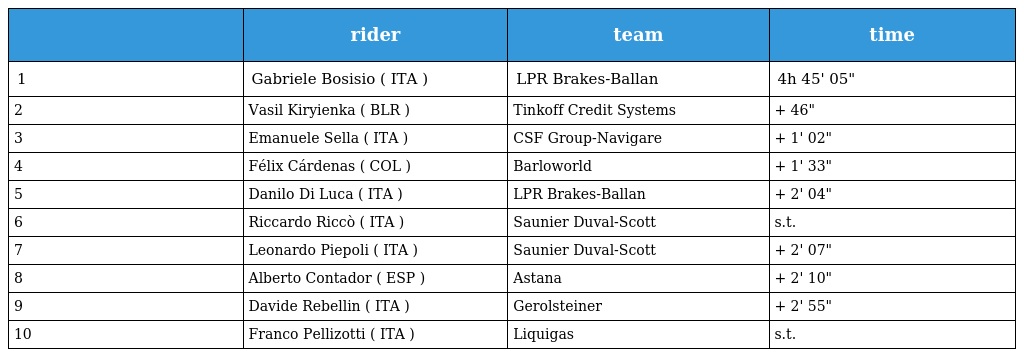
|  | rider | team | time |
 | --- | --- | --- | --- |
 | 1 | Gabriele Bosisio ( ITA ) | LPR Brakes-Ballan | 4h 45' 05" |
 | 2 | Vasil Kiryienka ( BLR ) | Tinkoff Credit Systems | + 46" |
 | 3 | Emanuele Sella ( ITA ) | CSF Group-Navigare | + 1' 02" |
 | 4 | Félix Cárdenas ( COL ) | Barloworld | + 1' 33" |
 | 5 | Danilo Di Luca ( ITA ) | LPR Brakes-Ballan | + 2' 04" |
 | 6 | Riccardo Riccò ( ITA ) | Saunier Duval-Scott | s.t. |
 | 7 | Leonardo Piepoli ( ITA ) | Saunier Duval-Scott | + 2' 07" |
 | 8 | Alberto Contador ( ESP ) | Astana | + 2' 10" |
 | 9 | Davide Rebellin ( ITA ) | Gerolsteiner | + 2' 55" |
 | 10 | Franco Pellizotti ( ITA ) | Liquigas | s.t. |